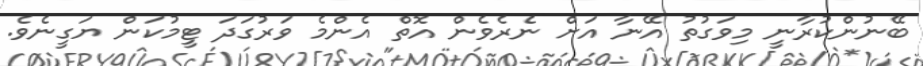
ބޭނުންކުރާނީ މިވަގުތު އޭނާ އަށް ނެރެވެން އޮތް އެންމެ ވަރުގަދަ ޓީމުކަން ޔަގީނެވެ.